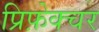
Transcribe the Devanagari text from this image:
प्रिफ़ेक्चर